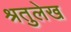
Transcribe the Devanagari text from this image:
श्रतुलेख